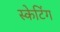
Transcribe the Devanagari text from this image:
स्‍केटिंग